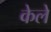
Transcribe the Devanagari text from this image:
केले